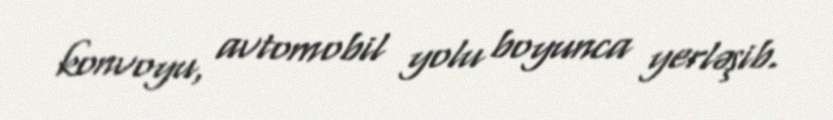
konvoyu, avtomobil yolu boyunca yerləşib.